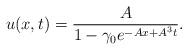
LaTeX: \begin{align*} u(x,t)=\frac{A}{1-\gamma_0 e^{-Ax+A^3t}}. \end{align*}